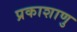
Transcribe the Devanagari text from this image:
प्रकाशाणु